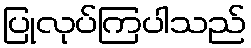
ပြုလုပ်ကြပါသည်